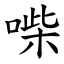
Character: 喍